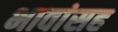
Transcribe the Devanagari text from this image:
भावांसह